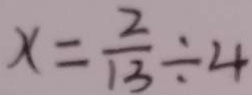
x = \frac { 2 } { 1 3 } \div 4